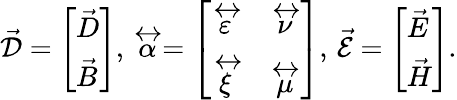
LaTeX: \vec{\mathcal{D}}=\left[\begin{array}{l}{\vec{D}}\\ {\vec{B}}\end{array}\right],\, \stackrel{\leftrightarrow}{\alpha}=\left[\begin{array}{ll}{\stackrel{\leftrightarrow}{\varepsilon}}&{\stackrel{\leftrightarrow}{\nu}}\\ {\stackrel{\leftrightarrow}{\xi}}&{\stackrel{\leftrightarrow}{\mu}}\end{array}\right],\, \vec{\mathcal{E}}=\left[\begin{array}{l}{\vec{E}}\\ {\vec{H}}\end{array}\right].